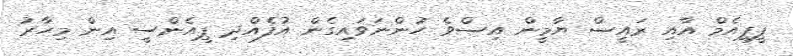
ޕީޕީއެމް އާއި ރައީސް ޔާމީން އިސްވެ ހުންނަވައިގެން އުފެއްދި ޕީއެންސީ އިން މިހާރު